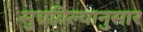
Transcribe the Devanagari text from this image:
सुचविल्यानुसार